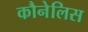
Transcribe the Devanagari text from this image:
कौनेलिस